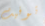
توفيت